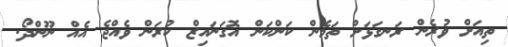
ތިއަށް ވުރެން ރަނގަޅަށް ތަމެން ކަންކަން އޮގަނައިޒް ކުރަން ވެެއްޖެ އެެއް ނޫންދޯ.